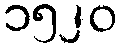
၁၅၂၀